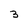
Character: 3